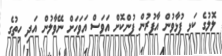
ލޮލުގެ ކަޅި ފުޅާވުން އާފުރުން ފުންކޮށް އަވަސް އަވަހަށް ނޭވާލުން އަދި ހިތުގެ